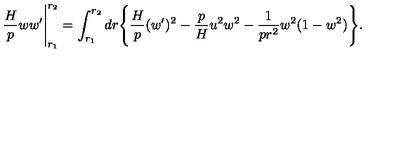
\frac { H } { p } w w ^ { \prime } \Bigg | _ { r _ { 1 } } ^ { r _ { 2 } } = \int _ { r _ { 1 } } ^ { r _ { 2 } } d r \Bigg \{ \frac { H } { p } ( w ^ { \prime } ) ^ { 2 } - \frac { p } { H } u ^ { 2 } w ^ { 2 } - \frac { 1 } { p r ^ { 2 } } w ^ { 2 } ( 1 - w ^ { 2 } ) \Bigg \} .